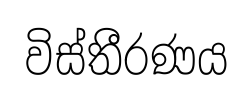
විස්තීරණය